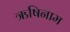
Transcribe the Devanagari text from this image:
ऋषिनाम